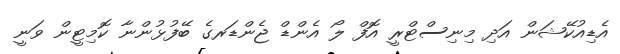
އެޑިއުކޭޝަން އަދި މިނިސްޓްރީ އޮފް ލޯ އެންޑް ޖެންޑަރގެ ބޭފުޅުންނާ ކޮމިޓީން ވަނީ